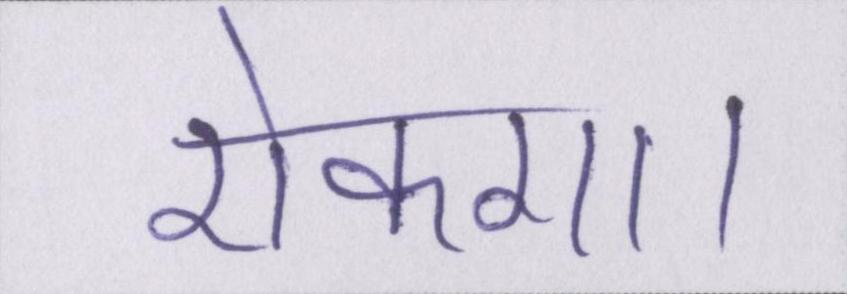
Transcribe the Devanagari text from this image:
रोकगा।